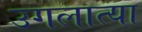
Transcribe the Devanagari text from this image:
उगलात्या